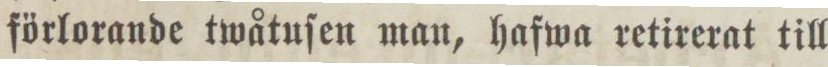
förlorande twåtuſen man, hafwa retirerat till